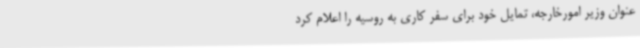
عنوان وزیر امورخارجه، تمایل خود برای سفر کاری به روسیه را اعلام کرد